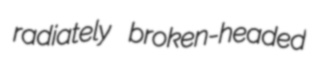
radiately broken-headed